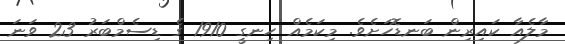
މާލެއާ ކައިރިން ބަނޑޮހަށެވެ. މިކަމެއް ހިނގީ 1910 ގެ ޑިސެމްބަރު 23 ވަނަ